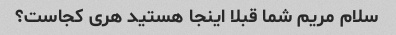
سلام مریم شما قبلا اینجا هستید هری کجاست؟